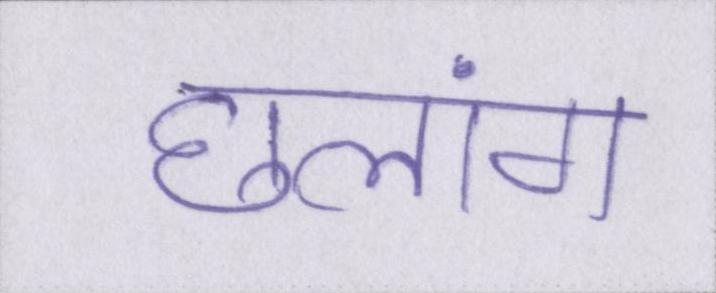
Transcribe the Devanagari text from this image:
छलांग